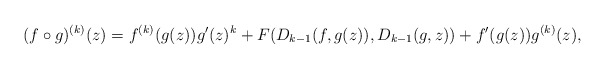
\begin{align*} (f \circ g)^{(k)}(z) = f^{(k)}(g(z))g'(z)^k + F(D_{k-1}(f, g(z)), D_{k-1}(g,z)) + f'(g(z))g^{(k)}(z),\end{align*}